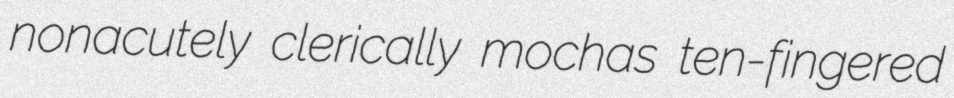
nonacutely clerically mochas ten-fingered